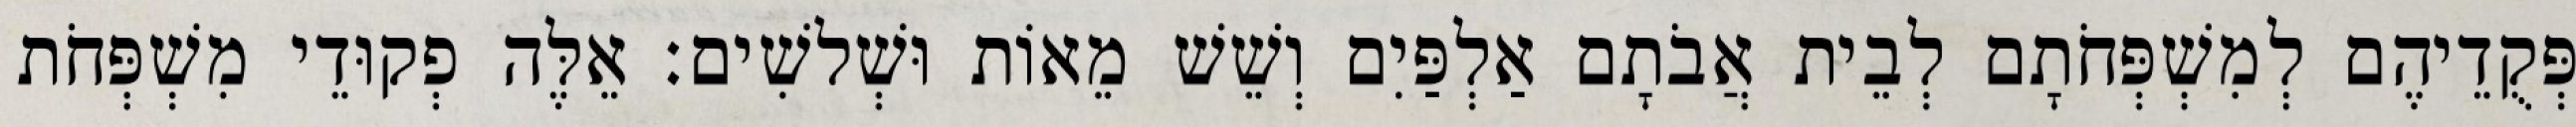
פְּקֻדֵיהֶם לְמִשְׁפְּחֹתָם לְבֵית אֲבֹתָם אַלְפַּיִם וְשֵׁשׁ מֵאוֹת וּשְׁלשִׁים׃ אֵלֶּה פְקוּדֵי מִשְׁפְּחֹת